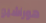
هوراشيو